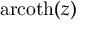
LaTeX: \operatorname { a r c o t h } ( z )